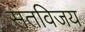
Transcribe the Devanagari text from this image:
संतविजय